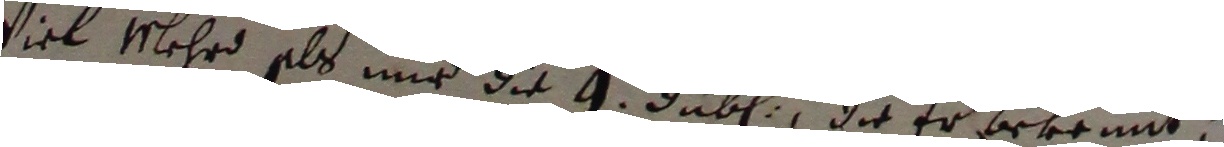
viel lehrd als nur die 9 dube, die er bekrent